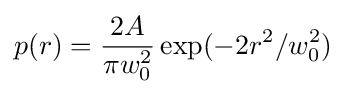
p(r)={\frac {2A}{\pi w_{0}^{2}}}\exp(-2r^{2}/w_{0}^{2})